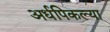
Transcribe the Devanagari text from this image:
अर्धपिकल्या